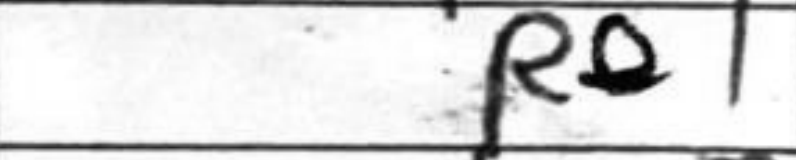
Transcription: Re1